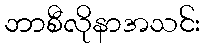
ဘာစီလိုနာအသင်း